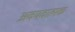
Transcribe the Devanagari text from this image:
अवयवात्मक